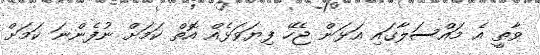
ވާތީ އެ މައްސަލާގައި އަޅަން ޖެހޭ ފިޔަވަޅެއް އޮތް ކަމަށް ނުފެންނަ ކަމަށް